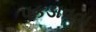
પકડાવવા